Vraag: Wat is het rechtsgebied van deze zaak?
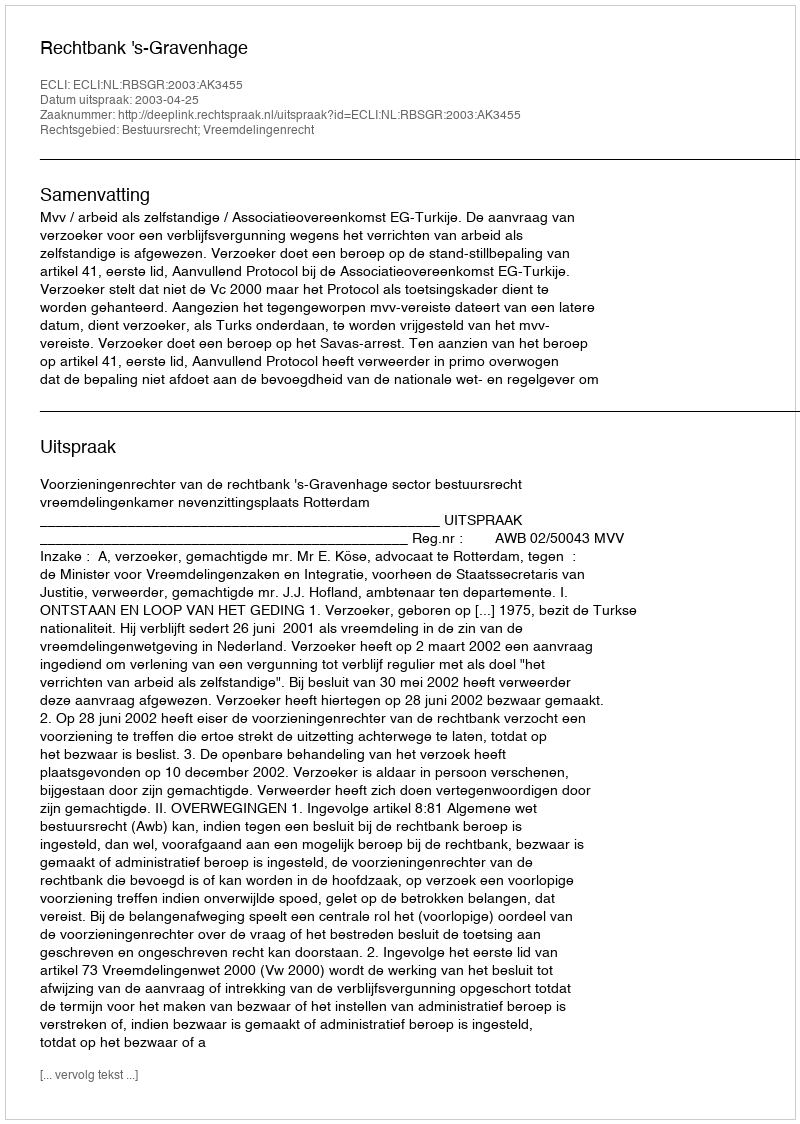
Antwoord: Bestuursrecht; Vreemdelingenrecht